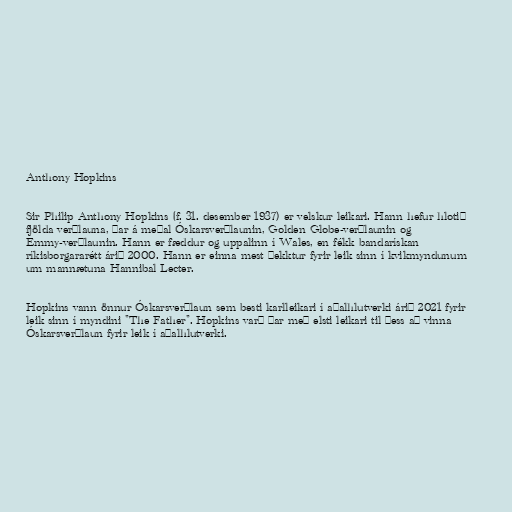
Anthony Hopkins

Sir Philip Anthony Hopkins (f. 31. desember 1937) er velskur leikari. Hann hefur hlotið
fjölda verðlauna, þar á meðal Óskarsverðlaunin, Golden Globe-verðlaunin og
Emmy-verðlaunin. Hann er fæddur og uppalinn í Wales, en fékk bandarískan
ríkisborgararétt árið 2000. Hann er einna mest þekktur fyrir leik sinn í kvikmyndunum
um mannætuna Hannibal Lecter.

Hopkins vann önnur Óskarsverðlaun sem besti karlleikari í aðalhlutverki árið 2021 fyrir
leik sinn í myndini "The Father". Hopkins varð þar með elsti leik­ari til þess að vinna
Óskar­sverðlaun fyr­ir leik í aðal­hlut­verki.